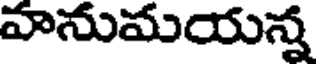
వానుమయన్న